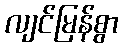
လျင်မြန်စွာ